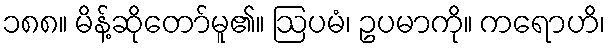
၁၈၈။ မိန့်ဆိုတော်မူ၏။ ဩပမံ၊ ဥပမာကို။ ကရောဟိ၊